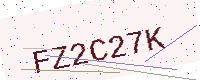
Text: FZ2C27K